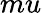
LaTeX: mu